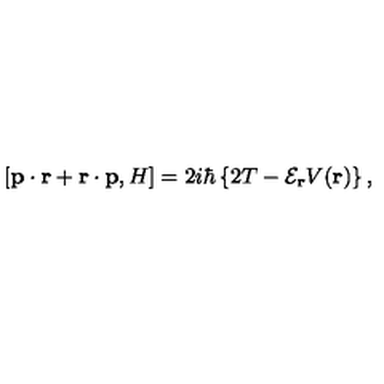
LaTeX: \left[ { \bf p } \cdot { \bf r } + { \bf r } \cdot { \bf p } , H \right] = 2 i \hbar \left\{ 2 T - { \mathcal E } _ { \bf r } V ( { \bf r } ) \right\} ,